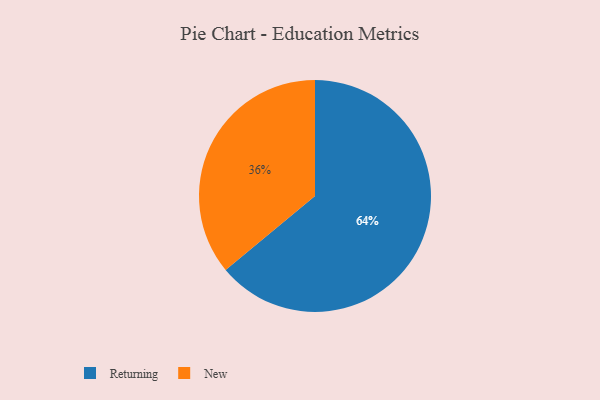
{"axis": {"x": "Category", "y": "Percentage"}, "legend": ["New", "Returning"], "data": [{"x": "Returning", "y": 64, "type": "Returning"}, {"x": "New", "y": 36, "type": "New"}]}